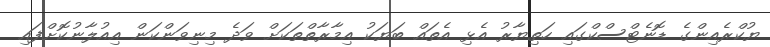
ޔުކްރެއިންގެ ޑޮނެޓްސްކްގައި ހަތިޔާރު އެޅި އެތައް ބަޔަކު އިމާރާތްތަކަށް ވަދެ މިނިވަންކަން އިއުލާނުކޮށްފައި